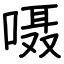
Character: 嗫